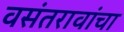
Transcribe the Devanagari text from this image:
वसंतरावांचा